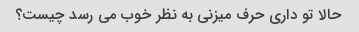
حالا تو داری حرف میزنی به نظر خوب می رسد چیست؟